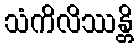
သံကိလိဿန္တိ